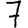
Digit: 7